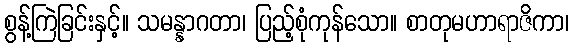
စွန့်ကြဲခြင်းနှင့်။ သမန္နာဂတာ၊ ပြည့်စုံကုန်သော။ စာတုမဟာရာဇိကာ၊